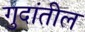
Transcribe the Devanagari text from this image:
गुदांतील